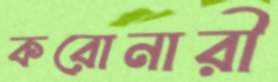
করোনারী